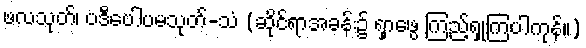
ဖလသုတ်၊ ပဒီပေါပမသုတ်-သံ (ဆိုင်ရာအခန်း၌ ရှာဖွေ ကြည့်ရှုကြပါကုန်။)